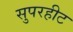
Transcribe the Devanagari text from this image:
सुपरहीट